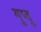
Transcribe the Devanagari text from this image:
गुप्तू